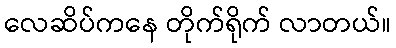
လေဆိပ်ကနေ တိုက်ရိုက် လာတယ်။